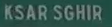
KSARSGHIR